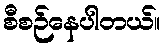
စီစဉ်နေပါတယ်။